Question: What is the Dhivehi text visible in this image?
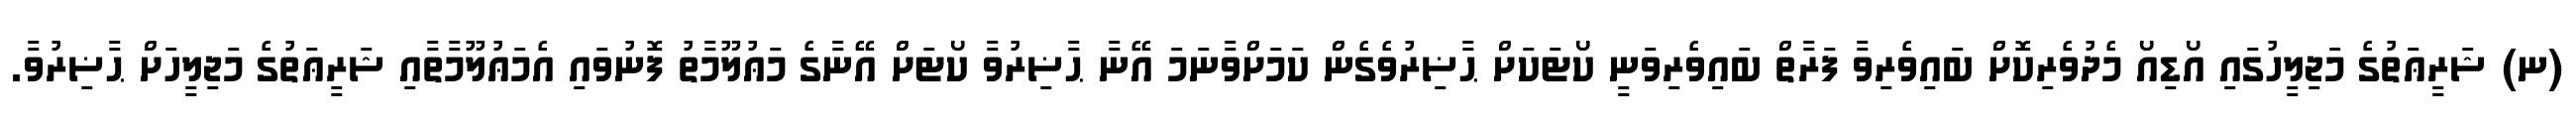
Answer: (ނ) ޝަރީޢަތުގެ މަޖިލީހުގައި އޯޑިއޯ މެދުވެރިކޮށް ބައިވެރިވާ ފަރާތް ބައިވެރިވަނީ ކޯޓަކަށް ޙާޟިރުވެގެން ކަމަށްވާނަމަ އޭނާ ޙާޟިރުވާ ކޯޓަށް އޭނާގެ މަޢުލޫމާތު ފޮނުވައި އެމަޢުލޫމާތާއި ޝަރީޢަތުގެ މަޖިލީހަށް ޙާޟިރުވާ.